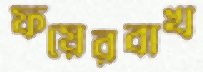
ফয়েরবাখ